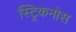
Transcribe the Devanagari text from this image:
स्ट्रिकनोस